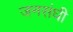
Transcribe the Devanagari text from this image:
जनसंघी